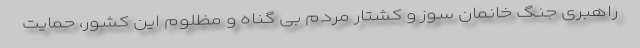
راهبری جنگ خانمان سوز و کشتار مردم بی گناه و مظلوم این کشور، حمایت